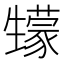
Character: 𤯻